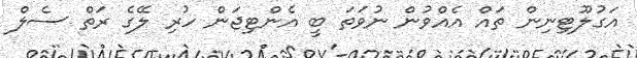
އަގުލޫޓިނިން ތައް އެއްވުން ނުވަތަ ބީ އެންޓިޖަން ހުރި ލޭގެ ރަތް ސެލް